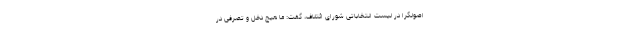
اصولگرا در لیست انتخاباتی شورای ائتلاف، گفت: ما هیچ دخل و تصرفی در